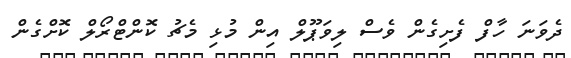
ދެވަނަ ހާފް ފެށިގެން ވެސް ލިވަޕޫލް އިން މުޅި މެޗު ކޮންޓްރޯލް ކޮށްގެން